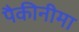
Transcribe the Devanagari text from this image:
पैकीनीमा